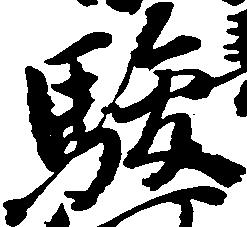
駿